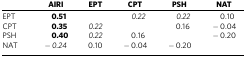
<table><thead><tr><td><b> </b></td><td><b>AIRI</b></td><td><b>EPT</b></td><td><b>CPT</b></td><td><b>PSH</b></td><td><b>NAT</b></td></tr></thead><tbody><tr><td>EPT</td><td><b>0.51</b></td><td> </td><td><i>0.22</i></td><td><i>0.22</i></td><td>0.10</td></tr><tr><td>CPT</td><td><b>0.35</b></td><td><i>0.22</i></td><td> </td><td>0.16</td><td>−0.04</td></tr><tr><td>PSH</td><td><b>0.40</b></td><td><i>0.22</i></td><td>0.16</td><td> </td><td>−0.20</td></tr><tr><td>NAT</td><td><i>−0.24</i></td><td>0.10</td><td>−0.04</td><td>−0.20</td><td> </td></tr></tbody></table>